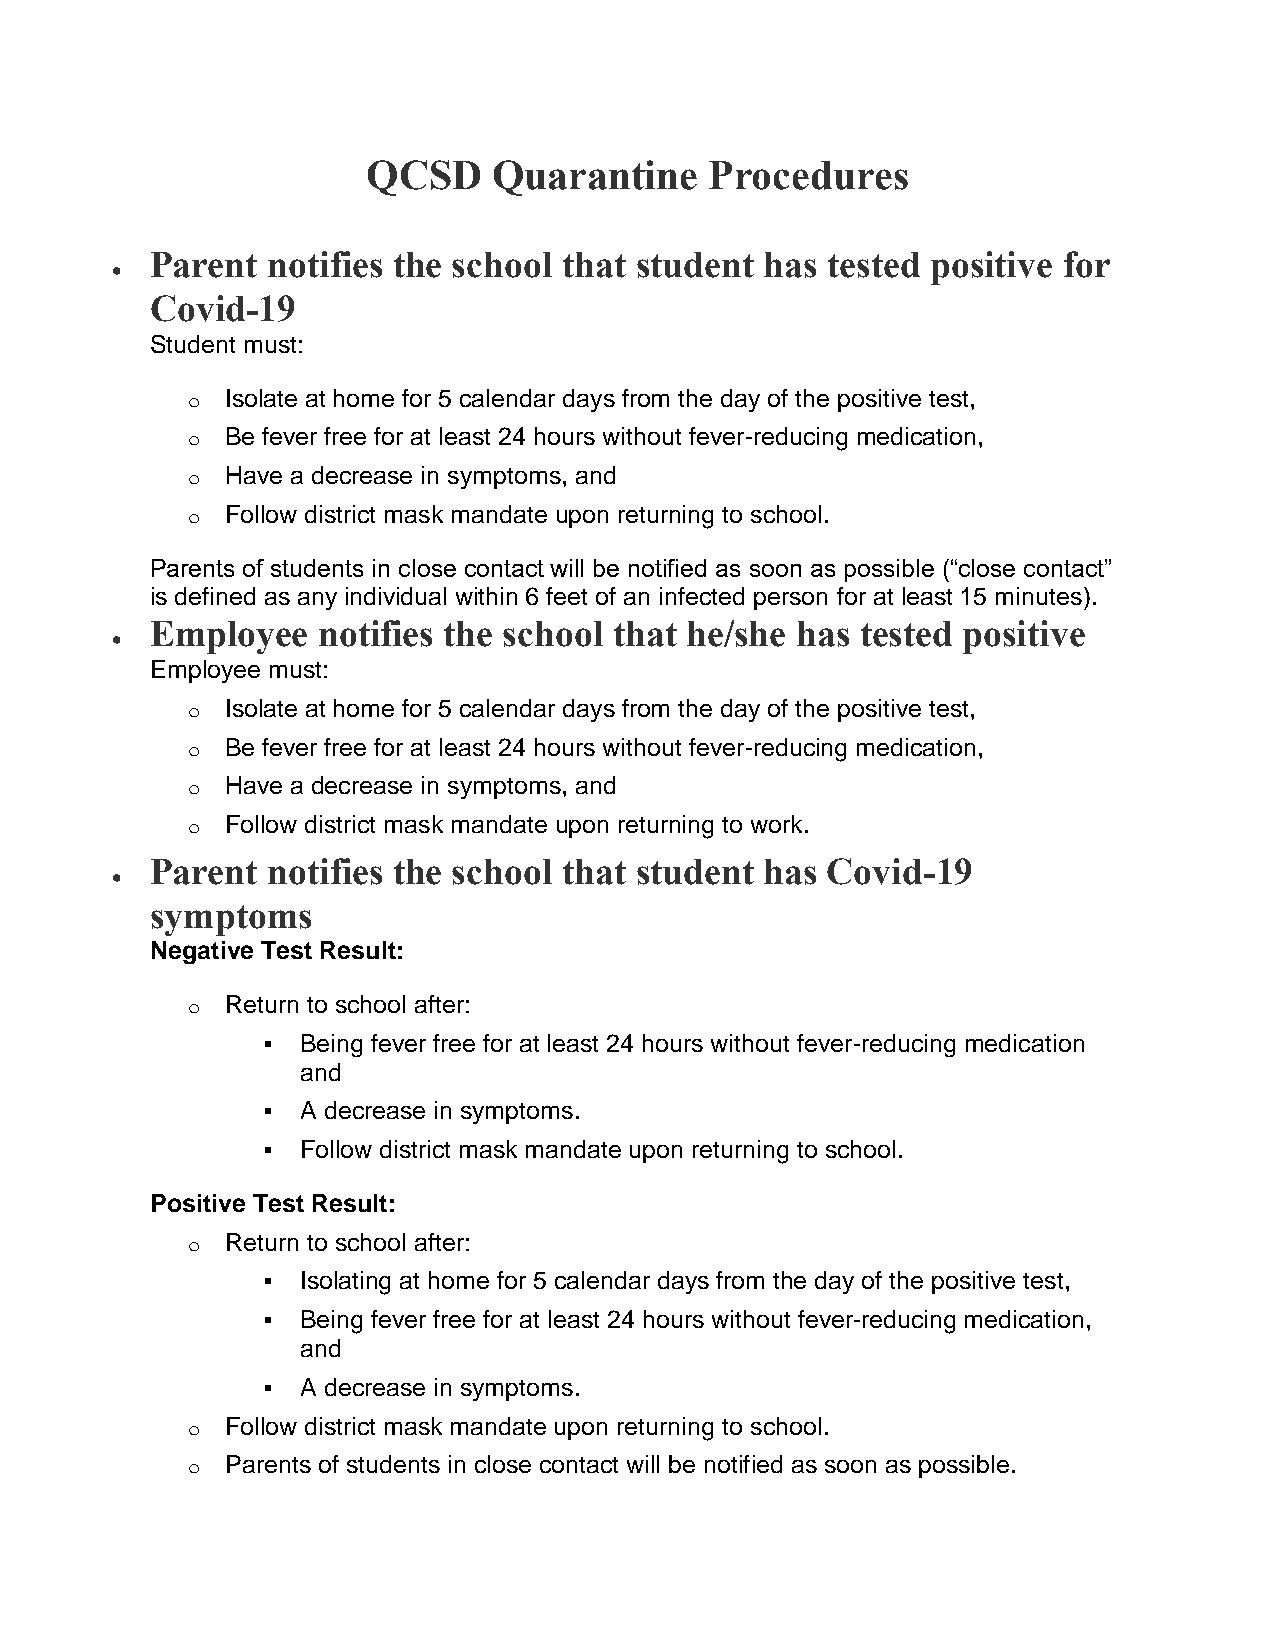
QCSD     Quarantine    Procedures
 Parent  notifies the school that student has tested positive for
 
 Covid-19
 Student must:
 o  Isolate at home for 5 calendar days from the day of the positive test,
 o  Be fever free for at least 24 hours without fever-reducing medication,
 o  Have a decrease in symptoms, and
 o  Follow district mask mandate upon returning to school.
 Parents of students in close contact will be notified as soon as possible (“close contact”
 is defined as any individual within 6 feet of an infected person for at least 15 minutes).
 Employee   notifies the school that he/she has tested positive
 
 Employee must:
 o  Isolate at home for 5 calendar days from the day of the positive test,
 o  Be fever free for at least 24 hours without fever-reducing medication,
 o  Have a decrease in symptoms, and
 o  Follow district mask mandate upon returning to work.
 Parent  notifies the school that student has Covid-19
 
 symptoms
 Negative Test Result:
 o  Return to school after:
   Being fever free for at least 24 hours without fever-reducing medication
 and
   A decrease in symptoms.
   Follow district mask mandate upon returning to school.
 Positive Test Result:
 o  Return to school after:
   Isolating at home for 5 calendar days from the day of the positive test,
   Being fever free for at least 24 hours without fever-reducing medication,
 and
   A decrease in symptoms.
 o  Follow district mask mandate upon returning to school.
 o  Parents of students in close contact will be notified as soon as possible.